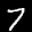
Label: 7